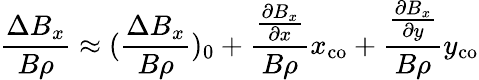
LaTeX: \frac{\Delta B_{x}}{B\rho}\approx(\frac{\Delta B_{x}}{B\rho})_{0}+\frac{\frac{\partial B_{x}}{\partial x}}{B\rho}x_{\mathrm{co}}+\frac{\frac{\partial B_{x}}{\partial y}}{B\rho}y_{\mathrm{co}}